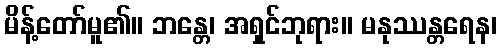
မိန့်တော်မူ၏။ ဘန္တေ၊ အရှင်ဘုရား။ မနုဿန္တရေန၊